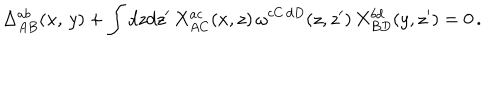
\Delta _ { A B } ^ { a b } ( x , \, y ) + \int d z d z ^ { \prime } \, X _ { A C } ^ { a c } ( x , z ) \, \omega ^ { c C \, d D } ( z , z ^ { \prime } ) \, X _ { B D } ^ { b d } ( y , z ^ { \prime } ) = 0 \, .